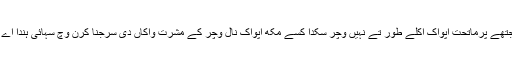
جتھے پرماتحت اپواک اکلے طور تے نہیں وچر سکدا کسے مکھ اپواک نال وچر کے مشرت واکاں دی سرجنا کرن وچ سہائی ہندا اے ۔